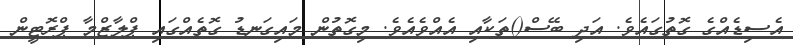
އެސިޑެއްގެ ގޮތުގައެވެ. އަދި ބޭސް()ތަކާއި އެއްވެއެވެ. މިގޮތުން މައިގަނޑު ގޮތެއްގައި ޕްލާޒްމާ ޕްރޮޓީން